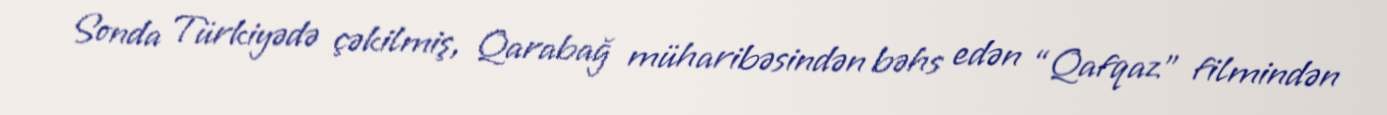
Sonda Türkiyədə çəkilmiş, Qarabağ müharibəsindən bəhs edən “Qafqaz” filmindən